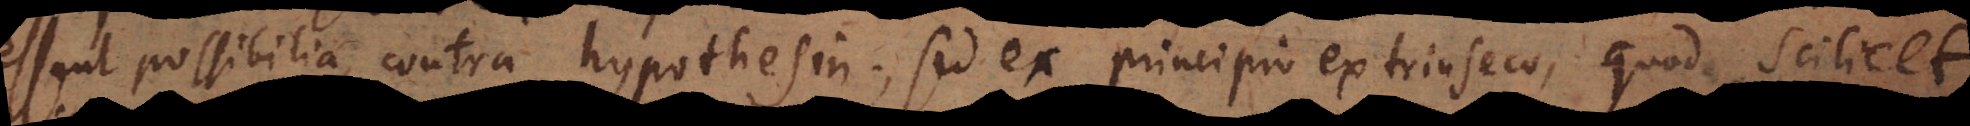
essent possibilia, contra hypothesin; sed ex principio extrinseco, quod scilicet